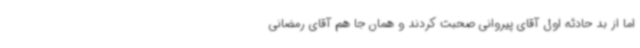
اما از بد حادثه اول آقای پیروانی صحبت کردند و همان جا هم آقای رمضانی